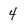
Character: 4